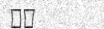
٩١